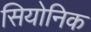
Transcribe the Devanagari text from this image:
सियोनिक